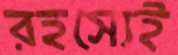
রহস্যেই